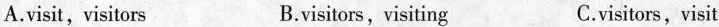
A. visit, visitors B. visitors,visiting C. visitors,visit